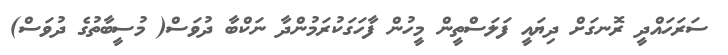
ސަރަހައްދީ ރޮނގަށް ދިޔައީ ފަލަސްތީން މީހުން ފާހަގަކުރަމުންދާ ނަކްބާ ދުވަސް( މުސީބާތުގެ ދުވަސް)